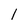
Character: 1